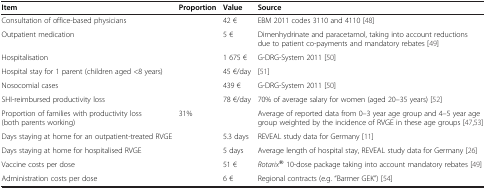
| Item | Proportion | Value | Source |
 | --- | --- | --- | --- |
 | Consultation of office-based physicians |  | 42 € | EBM 2011 codes 3110 and 4110 [48] |
 | Outpatient medication |  | 5 € | Dimenhydrinate and paracetamol, taking into account reductions due to patient co-payments and mandatory rebates [49] |
 | Hospitalisation |  | 1 675 € | G-DRG-System 2011 [50] |
 | Hospital stay for 1 parent (children aged <8 years) |  | 45 €/day | [51] |
 | Nosocomial cases |  | 439 € | G-DRG-System 2011 [50] |
 | SHI-reimbursed productivity loss |  | 78 €/day | 70% of average salary for women (aged 20–35 years) [52] |
 | Proportion of families with productivity loss (both parents working) | 31% |  | Average of reported data from 0–3 year age group and 4–5 year age group weighted by the incidence of RVGE in these age groups [47,53] |
 | Days staying at home for an outpatient-treated RVGE |  | 5.3 days | REVEAL study data for Germany [11] |
 | Days staying at home for hospitalised RVGE |  | 5 days | Average length of hospital stay, REVEAL study data for Germany [26] |
 | Vaccine costs per dose |  | 51 € | Rotarix® 10-dose package taking into account mandatory rebates [49] |
 | Administration costs per dose |  | 6 € | Regional contracts (e.g. “Barmer GEK”) [54] |